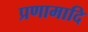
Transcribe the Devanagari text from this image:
प्रणामादि